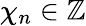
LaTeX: \chi_{n}\in\mathbb{Z}